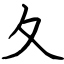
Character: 夂